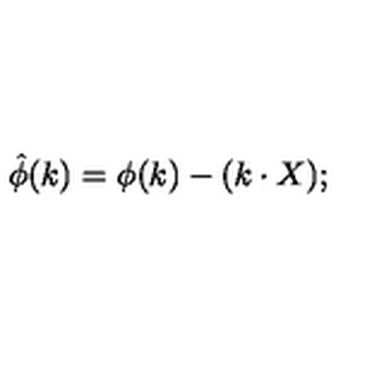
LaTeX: \hat { \phi } ( k ) = \phi ( k ) - ( k \cdot X ) ;